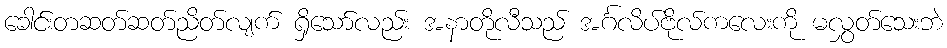
ခေါင်းတဆတ်ဆတ်ညိတ်လျက် ရှိသော်လည်း အနာတိုလီသည် အင်္ဂလိပ်ဗိုလ်ကလေးကို မလွှတ်သေးဘဲ